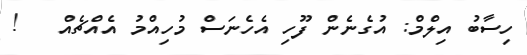
ހިސާބު އިލްމް: އުގެނެން ފޫހި އެހެނަސް މުހިއްމު އެއްޗެއް   !